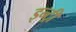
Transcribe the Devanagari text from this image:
इन्ट्री